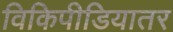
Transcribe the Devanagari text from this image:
विकिपीडियातर